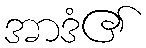
အာဒံ၏